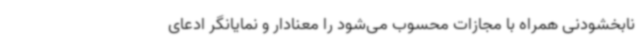
نابخشودنی همراه با مجازات محسوب می‌شود را معنادار و نمایانگر ادعای